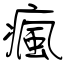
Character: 瘋